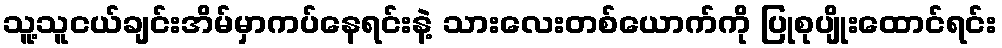
သူ့သူငယ်ချင်းအိမ်မှာကပ်နေရင်းနဲ့ သားလေးတစ်ယောက်ကို ပြုစုပျိုးထောင်ရင်း